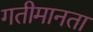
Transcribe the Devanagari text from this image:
गतीमानता